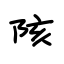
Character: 陔